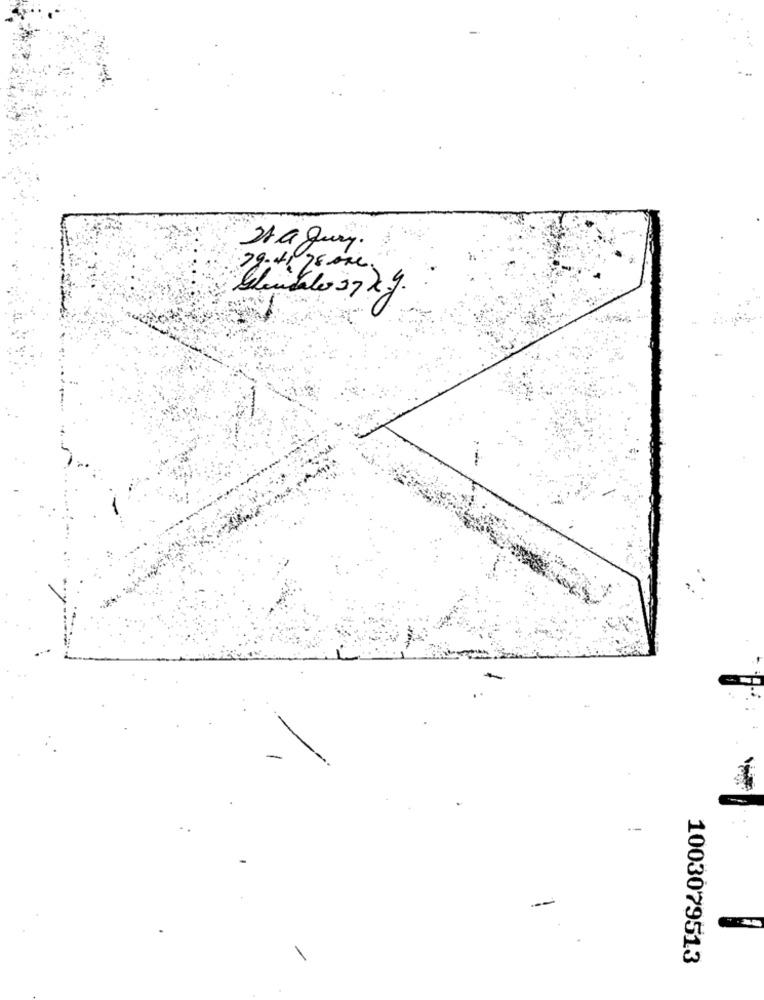
Is a Jury.
Selon balo 37 xy.
--
1003079513